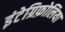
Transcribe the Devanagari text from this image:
इंटेग्रिफ़ोलिया